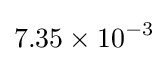
7.35\times 10^{-3}